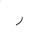
Letter: _ra